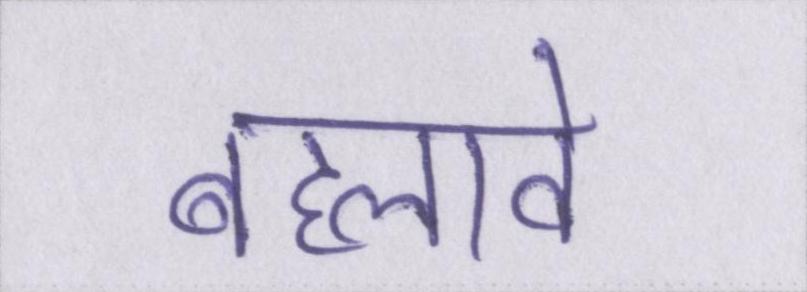
बहलावे